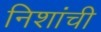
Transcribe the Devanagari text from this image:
निशांची